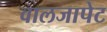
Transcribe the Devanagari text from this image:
वालजापेट